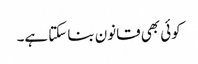
کوئی بھی قانون بنا سکتا ہے۔